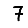
Digit: 7